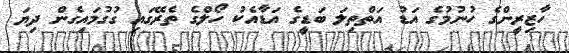
ހާޒިރީންގެ ހުނުމުގެ އަޑު އަތްތިލަ ބަޑީގެ އަޑާއެކު ހޯލްގެ ތެރޭގައި ގުގުމައިގެން ދިޔަ